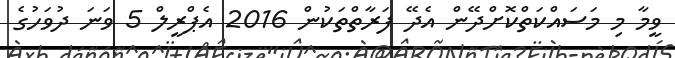
ވީމާ މި މަސައްކަތްކޮށްދޭން އެދޭ ފަރާތްތަކުން 2016 އެޕްރީލް 5 ވަނަ ދުވަހުގެ